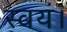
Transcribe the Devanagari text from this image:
स्वयं।